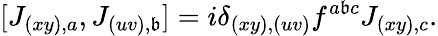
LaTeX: [J_{(xy),a},J_{(uv),\mathfrak{b}}]=i\delta_{(xy),(uv)}f^{a\mathfrak{b}c}J_{(xy),c}.